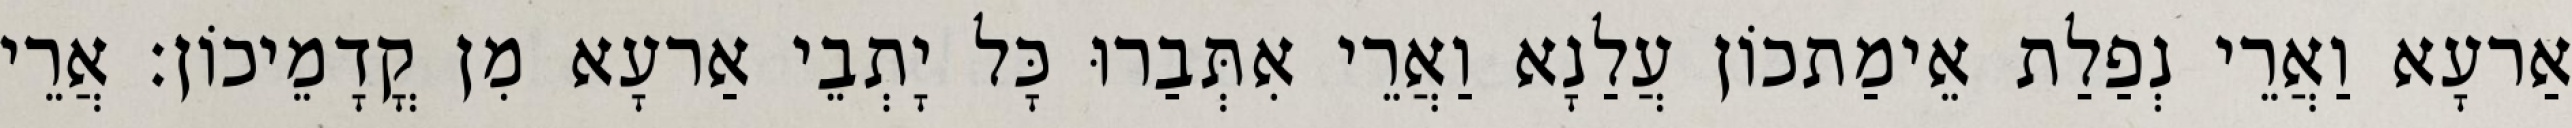
אַרעָא וַאֲרֵי נְפַלַת אֵימַתכוֹן עֲלַנָא וַאֲרֵי אִתְּבַרוּ כָּל יָתְבֵי אַרעָא מִן קֳדָמֵיכוֹן׃ אֲרֵי